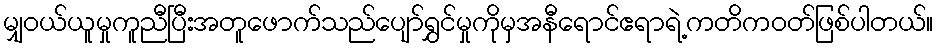
မျှဝယ်ယူမှုကူညီပြီးအတူဖောက်သည်ပျော်ရွှင်မှုကိုမှအနီရောင်ဧရာရဲ့ကတိကဝတ်ဖြစ်ပါတယ်။